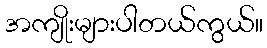
အကျိုးများပါတယ်ကွယ်။